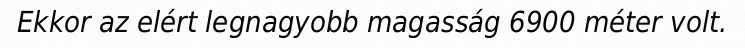
Ekkor az elért legnagyobb magasság 6900 méter volt.